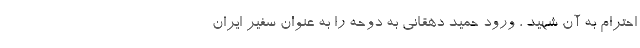
احترام به آن شهید ، ورود حميد دهقانى به دوحه را به عنوان سفیر ایران